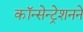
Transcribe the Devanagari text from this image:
कॉन्सेन्ट्रेशनने